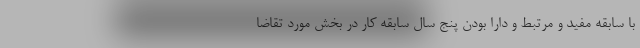
با سابقه مفید و مرتبط و دارا بودن پنج سال سابقه کار در بخش مورد تقاضا